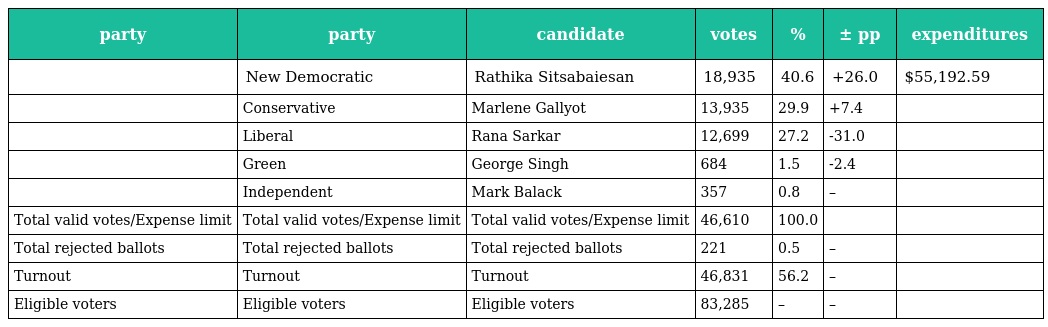
| party | party | candidate | votes | % | ± pp | expenditures |
 | --- | --- | --- | --- | --- | --- | --- |
 |  | New Democratic | Rathika Sitsabaiesan | 18,935 | 40.6 | +26.0 | $55,192.59 |
 |  | Conservative | Marlene Gallyot | 13,935 | 29.9 | +7.4 |  |
 |  | Liberal | Rana Sarkar | 12,699 | 27.2 | -31.0 |  |
 |  | Green | George Singh | 684 | 1.5 | -2.4 |  |
 |  | Independent | Mark Balack | 357 | 0.8 | – |  |
 | Total valid votes/Expense limit | Total valid votes/Expense limit | Total valid votes/Expense limit | 46,610 | 100.0 |  |  |
 | Total rejected ballots | Total rejected ballots | Total rejected ballots | 221 | 0.5 | – |  |
 | Turnout | Turnout | Turnout | 46,831 | 56.2 | – |  |
 | Eligible voters | Eligible voters | Eligible voters | 83,285 | – | – |  |